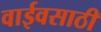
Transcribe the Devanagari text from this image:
वाईवसाठी